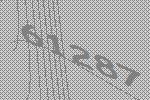
61287